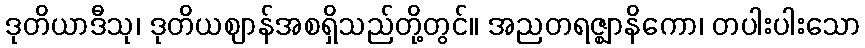
ဒုတိယာဒီသု၊ ဒုတိယဈာန်အစရှိသည်တို့တွင်။ အညတရဇ္ဈာနိကော၊ တပါးပါးသော